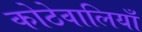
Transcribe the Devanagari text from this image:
कोठेवालियाँ